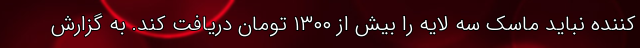
کننده نباید ماسک سه لایه را بیش از ۱۳۰۰ تومان دریافت کند. به گزارش